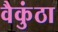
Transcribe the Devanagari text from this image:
वैकुंठा